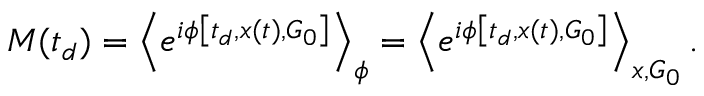
M ( t _ { d } ) = \left\langle e ^ { i \phi \left[ t _ { d } , \boldsymbol { x } ( t ) , \boldsymbol { G } _ { 0 } \right] } \right\rangle _ { \phi } = \left\langle e ^ { i \phi \left[ t _ { d } , \boldsymbol { x } ( t ) , \boldsymbol { G } _ { 0 } \right] } \right\rangle _ { x , G _ { 0 } } .